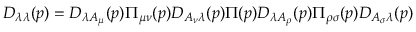
D _ { \lambda \lambda } ( p ) = D _ { \lambda A _ { \mu } } ( p ) \Pi _ { \mu \nu } ( p ) D _ { A _ { \nu } \lambda } ( p ) \Pi ( p ) D _ { \lambda A _ { \rho } } ( p ) \Pi _ { \rho \sigma } ( p ) D _ { A _ { \sigma } \lambda } ( p )